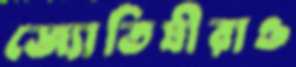
জ্যোতিষীরাও